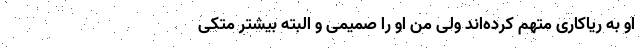
او به ریاکاری متهم کرده‌اند ولی من او را صمیمی و البته بیشتر متکی